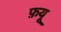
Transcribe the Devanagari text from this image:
फ़यू